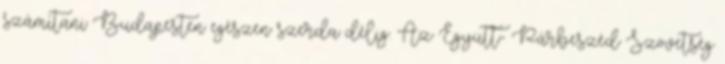
számítani Budapesten egészen szerda délig. Az Együtt- Párbeszéd Szövetség